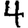
Digit: 4